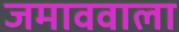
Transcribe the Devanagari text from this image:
जमाववाला